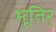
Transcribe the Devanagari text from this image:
भूतिर्